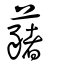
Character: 藸